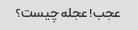
عجب! عجله چیست؟